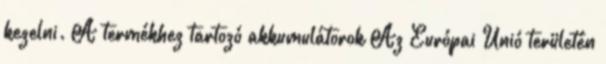
kezelni. A termékhez tartozó akkumulátorok Az Európai Unió területén